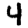
Digit: 4